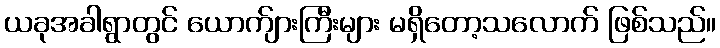
ယခုအခါရွာတွင် ယောက်ျားကြီးများ မရှိတော့သလောက် ဖြစ်သည်။